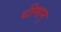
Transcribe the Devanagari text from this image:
धीमान्‌